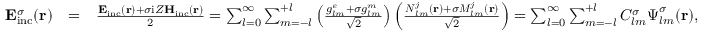
\begin{array} { r l r } { { \bf E } _ { \mathrm { { i n c } } } ^ { \sigma } ( { \bf r } ) } & { = } & { \frac { { \bf E } _ { \mathrm { i n c } } ( { \bf r } ) + \sigma \mathrm { i } Z { \bf H } _ { \mathrm { i n c } } ( { \bf r } ) } { 2 } = \sum _ { l = 0 } ^ { \infty } \sum _ { m = - l } ^ { + l } \left( \frac { { g _ { l m } ^ { e } + \sigma g _ { l m } ^ { m } } } { \sqrt { 2 } } \right) \left( \frac { { \boldsymbol { N } } _ { l m } ^ { j } ( { \bf r } ) + \sigma { \boldsymbol { M } } _ { l m } ^ { j } ( { \bf r } ) } { \sqrt { 2 } } \right) = \sum _ { l = 0 } ^ { \infty } \sum _ { m = - l } ^ { + l } C _ { l m } ^ { \sigma } \boldsymbol { \Psi } _ { l m } ^ { \sigma } ( { \bf r } ) , } \end{array}